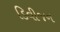
ડિવીજન